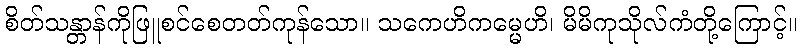
စိတ်သန္တာန်ကိုဖြူစင်စေတတ်ကုန်သော။ သကေဟိကမ္မေဟိ၊ မိမိကုသိုလ်ကံတို့ကြောင့်။